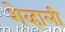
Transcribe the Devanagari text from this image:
शेव्हाली